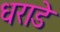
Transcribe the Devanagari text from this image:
धराडे